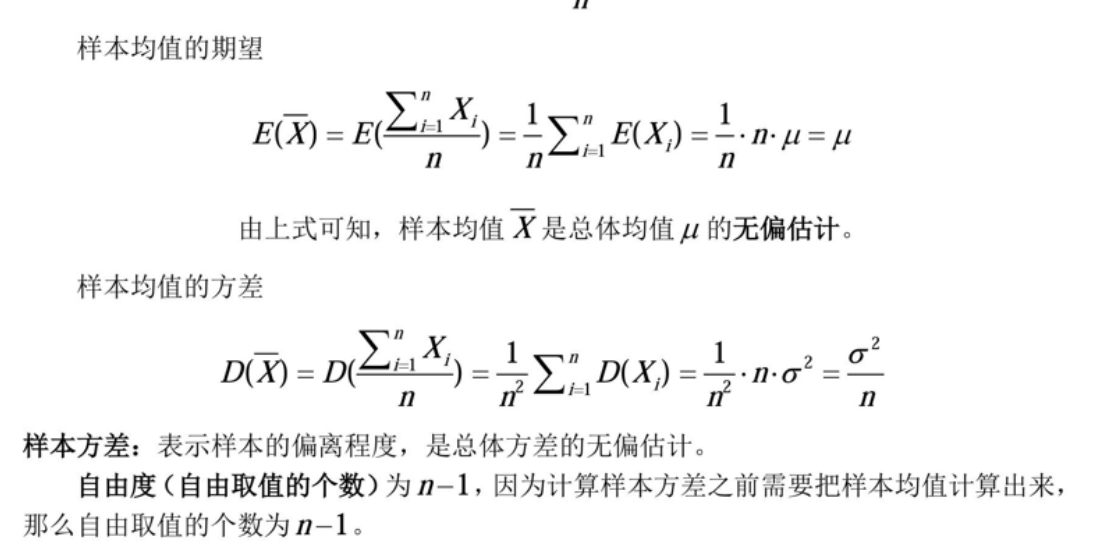
样本均值的期望
\[
E(\overline{X}) = E(\frac{\sum_{i = 1}^{n}X_{i}}{n})=\frac{1}{n}\sum_{i = 1}^{n}E(X_{i})=\frac{1}{n}\cdot n\cdot\mu=\mu
\]
由上式可知，样本均值\(\overline{X}\)是总体均值\(\mu\)的无偏估计。
样本均值的方差
\[
D(\overline{X}) = D(\frac{\sum_{i = 1}^{n}X_{i}}{n})=\frac{1}{n^{2}}\sum_{i = 1}^{n}D(X_{i})=\frac{1}{n^{2}}\cdot n\cdot\sigma^{2}=\frac{\sigma^{2}}{n}
\]
样本方差：表示样本的偏离程度，是总体方差的无偏估计。
自由度（自由取值的个数）为\(n - 1\)，因为计算样本方差之前需要把样本均值计算出来，那么自由取值的个数为\(n - 1\)。